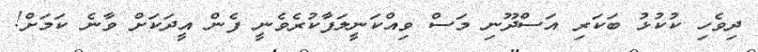
ދިވެހި ކުކުޅު ބަކަރި އަސްދޫނި މަސް ވިއްކަނީލަފާކުރެވެނީ ފެން އީދަކަށް ވާނެ ކަމަށް!